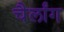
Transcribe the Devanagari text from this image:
चैर्लांग